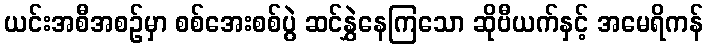
ယင်းအစီအစဉ်မှာ စစ်အေးစစ်ပွဲ ဆင်နွှဲနေကြသော ဆိုဗီယက်နှင့် အမေရိကန်